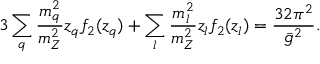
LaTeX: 3 \sum _ { q } { \frac { m _ { q } ^ { 2 } } { m _ { Z } ^ { 2 } } } z _ { q } f _ { 2 } ( z _ { q } ) + \sum _ { l } { \frac { m _ { l } ^ { 2 } } { m _ { Z } ^ { 2 } } } z _ { l } f _ { 2 } ( z _ { l } ) = { \frac { 3 2 \pi ^ { 2 } } { \bar { g } ^ { 2 } } } .